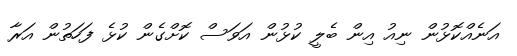
އަނެއްކޮޅުން ނިއު އިން ބެލީ ކުޅުން އަވަސް ކޮށްގެން ކުޅެ ފަހަތުން އަރާ